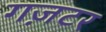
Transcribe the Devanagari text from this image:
गज़टर